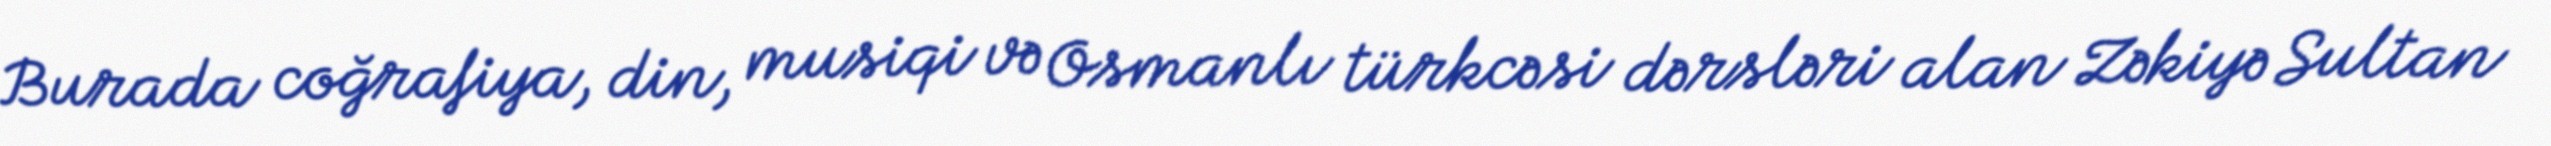
Burada coğrafiya, din, musiqi və Osmanlı türkcəsi dərsləri alan Zəkiyə Sultan